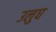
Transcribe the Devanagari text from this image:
उलुघ